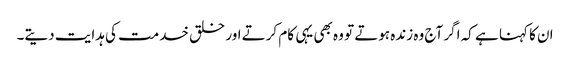
ان کا کہنا ہے کہ اگر آج وہ زندہ ہوتے تو وہ بھی یہی کام کرتے اور خلق خدمت کی ہدایت دیتے۔